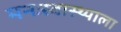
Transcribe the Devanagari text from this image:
मनःस्वास्थ्याला